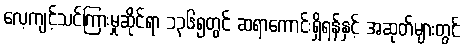
လေ့ကျင့်သင်ကြားမှုဆိုင်ရာ ၁၃၆၅တွင် ဆရာကောင်းရှိရန်နှင့် အဆုတ်များတွင်